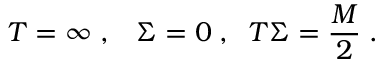
T = \infty \; , \; \; \; \Sigma = 0 \; , \; \; T \Sigma = \frac { M } { 2 } \; .